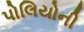
પોલિયોની